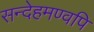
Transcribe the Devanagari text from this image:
सन्देहमण्वपि